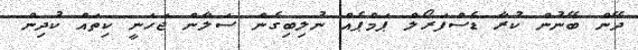
ދޭން ބޭނުން ކުރާ ޑެސްފަރޯލް ޕަމްޕެއް ނުލިބިގެން ސަލާން ޖަހަނީ ކިތައް ކުދިން